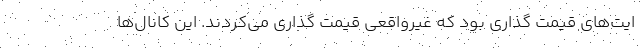
ایت‌های قیمت گذاری بود که غیرواقعی قیمت گذاری می‌کردند. این کانال‌ها